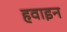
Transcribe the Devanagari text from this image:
हवाइन